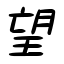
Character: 望